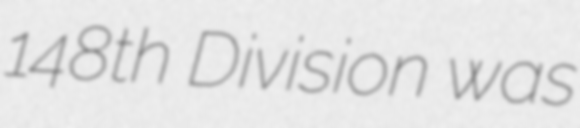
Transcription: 148th Division was